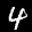
Label: 4